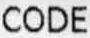
CODE